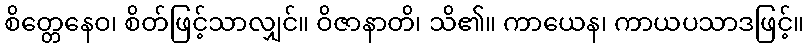
စိတ္တေနေဝ၊ စိတ်ဖြင့်သာလျှင်။ ဝိဇာနာတိ၊ သိ၏။ ကာယေန၊ ကာယပသာဒဖြင့်။